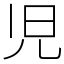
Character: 児